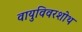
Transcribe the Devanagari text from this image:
वायुविवरशोथ